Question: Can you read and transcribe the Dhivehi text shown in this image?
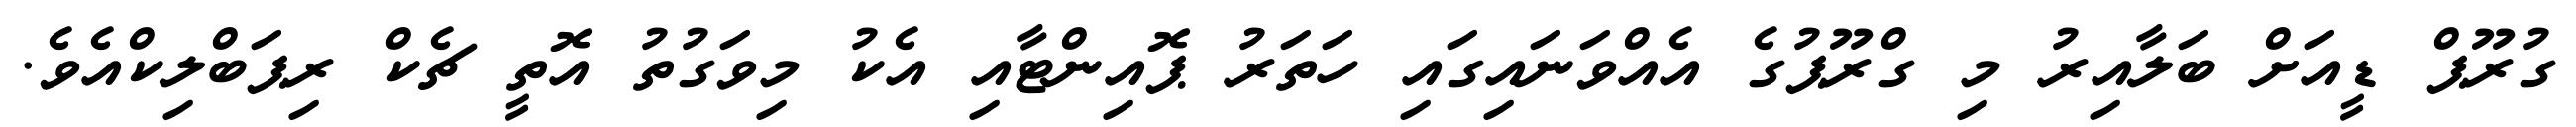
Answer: ގުރޫޕް ޑީއަށް ބަލާއިރު މި ގްރޫޕުގެ އެއްވަނައިގައި ހަތަރު ޕޮއިންޓާއި އެކު މިވަގުތު އޮތީ ޗެކް ރިޕަބްލިކްއެވެ.